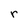
Character: r